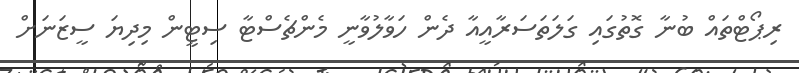
ރިޕޯޓްތައް ބުނާ ގޮތުގައި ގަލަތަސަރާއީއާ ދެން ހަވާލުވާނީ މެންޗެސްޓާ ސިޓީން މިދިޔަ ސީޒަނަށް